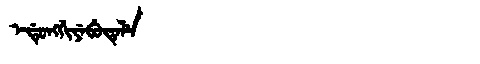
Manchu: ᡝᡩᡠᠩᡤᡳᠶᡝᠪᡠᡨᡝᠯᡝ
Romanization: EDUNGGIYEBUTELE